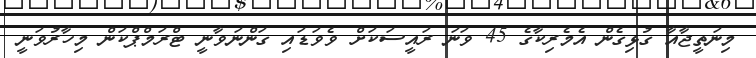
މިނަތީޖާއާ ގުޅިގެން އެމެރިކާގެ 45 ވަނަ ރައީސަކަށް ވެވަޑައި ގަންނަވާނީ ޓްރަމްޕްކަން މިހާރުވަނީ